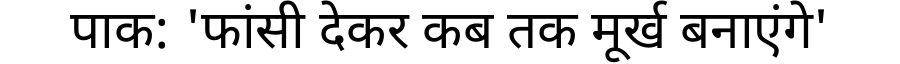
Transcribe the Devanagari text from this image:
पाक: 'फांसी देकर कब तक मूर्ख बनाएंगे'